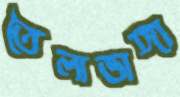
তৈলাভাঙ্গা